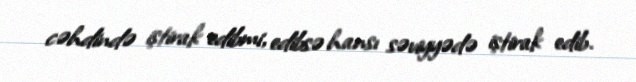
cəhdində iştirak edibmi, edibsə hansı səviyyədə iştirak edib.